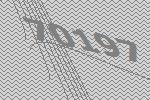
70197